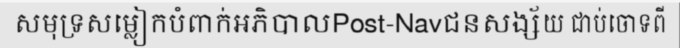
សមុទ្រសម្លៀកបំពាក់អភិបាលPost-Navជនសង្ស័យ ជាប់ចោទពី